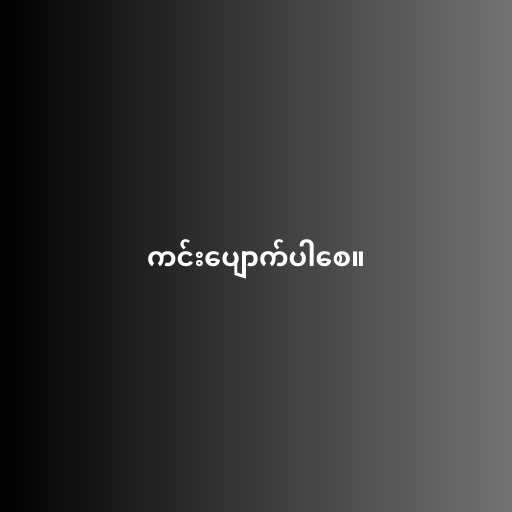
ကင်းပျောက်ပါစေ။